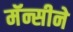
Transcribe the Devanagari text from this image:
मॅन्सीने